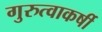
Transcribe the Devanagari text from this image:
गुरुत्वाकर्षी